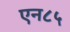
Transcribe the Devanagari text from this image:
एन८५